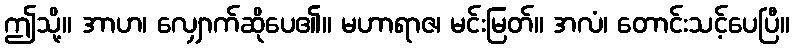
ဤသို့။ အာဟ၊ လျှောက်ဆိုပေ၏။ မဟာရာဇ၊ မင်းမြတ်။ အလံ၊ တောင်းသင့်ပေပြီ။